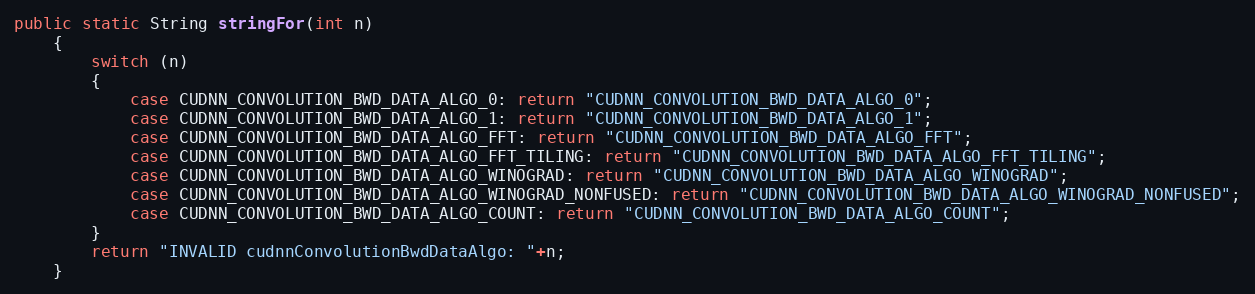
Language: Java
public static String stringFor(int n)
    {
        switch (n)
        {
            case CUDNN_CONVOLUTION_BWD_DATA_ALGO_0: return "CUDNN_CONVOLUTION_BWD_DATA_ALGO_0";
            case CUDNN_CONVOLUTION_BWD_DATA_ALGO_1: return "CUDNN_CONVOLUTION_BWD_DATA_ALGO_1";
            case CUDNN_CONVOLUTION_BWD_DATA_ALGO_FFT: return "CUDNN_CONVOLUTION_BWD_DATA_ALGO_FFT";
            case CUDNN_CONVOLUTION_BWD_DATA_ALGO_FFT_TILING: return "CUDNN_CONVOLUTION_BWD_DATA_ALGO_FFT_TILING";
            case CUDNN_CONVOLUTION_BWD_DATA_ALGO_WINOGRAD: return "CUDNN_CONVOLUTION_BWD_DATA_ALGO_WINOGRAD";
            case CUDNN_CONVOLUTION_BWD_DATA_ALGO_WINOGRAD_NONFUSED: return "CUDNN_CONVOLUTION_BWD_DATA_ALGO_WINOGRAD_NONFUSED";
            case CUDNN_CONVOLUTION_BWD_DATA_ALGO_COUNT: return "CUDNN_CONVOLUTION_BWD_DATA_ALGO_COUNT";
        }
        return "INVALID cudnnConvolutionBwdDataAlgo: "+n;
    }